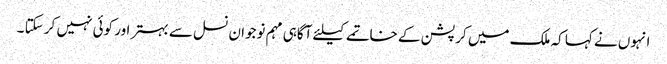
انہوں نے کہا کہ ملک میں کرپشن کے خاتمے کیلئے آگاہی مہم نوجوان نسل سے بہتر اور کوئی نہیں کر سکتا ۔